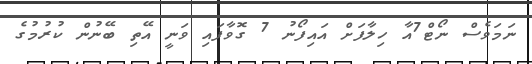
ނަމަވެސް ނޯޓް7އާ ހިލާފަށް އައިފޯނު 7 ގޮވާފައި ވަނީ އޭތި ބޭނުން ކުރުމުގެ